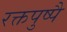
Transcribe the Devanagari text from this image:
रक्तपुष्पै